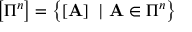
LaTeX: \left[ \Pi ^ { n } \right] = \left\{ \left[ \mathbf { A } \right] \ | \ \mathbf { A } \in \Pi ^ { n } \right\}